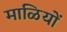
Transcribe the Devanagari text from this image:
माळियों